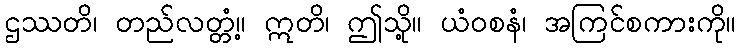
ဌဿတိ၊ တည်လတ္တံ့။ ဣတိ၊ ဤသို့။ ယံဝစနံ၊ အကြင်စကားကို။